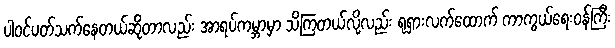
ပါဝင်ပတ်သက်နေတယ်ဆိုတာလည်း အာရပ်ကမ္ဘာမှာ သိကြတယ်လို့လည်း ရုရှားလက်ထောက် ကာကွယ်ရေးဝန်ကြီး